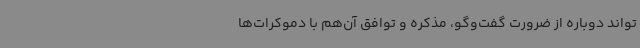
‌تواند دوباره از ضرورت گفت‌وگو، مذکره و توافق آن‌هم با دموکرات‌ها